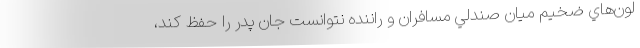
لون‌هاي ضخيم ميان صندلي مسافران و راننده نتوانست جان پدر را حفظ كند،